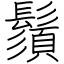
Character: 鬚